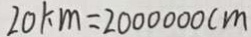
2 0 k m = 2 0 0 0 0 0 0 c m